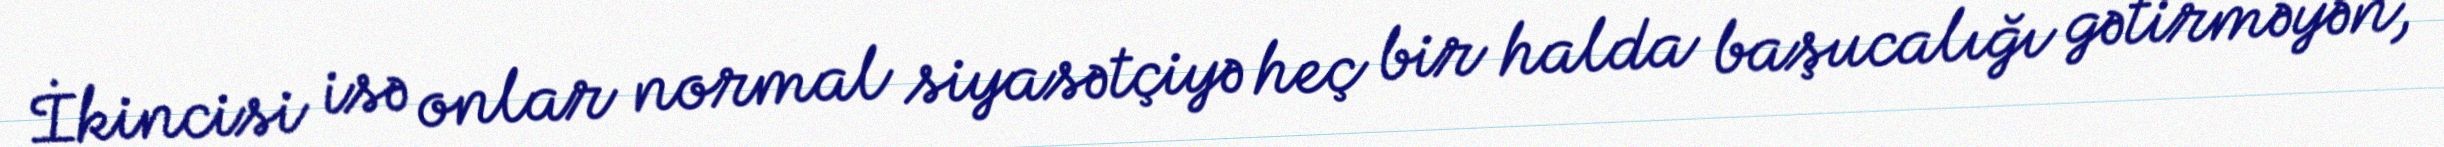
İkincisi isə onlar normal siyasətçiyə heç bir halda başucalığı gətirməyən,